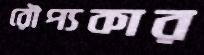
রৌপ্যকার